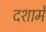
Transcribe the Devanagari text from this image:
दशामें